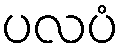
ပလပံ